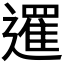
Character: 𨗴